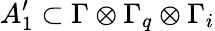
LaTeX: A_{1}^{\prime}\subset\Gamma\otimes\Gamma_{q}\otimes\Gamma_{i}